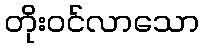
တိုးဝင်လာသော